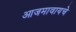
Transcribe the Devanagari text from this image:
आजमावायचे